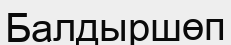
Балдыршөп